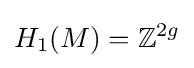
H_{1}(M)=\mathbb {Z} ^{2g}